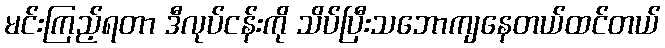
မင်းကြည့်ရတာ ဒီလုပ်ငန်းကို သိပ်ပြီးသဘောကျနေတယ်ထင်တယ်